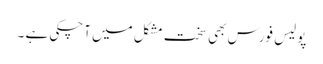
پولیس فورس بھی سخت مشکل میں آچکی ہے ۔